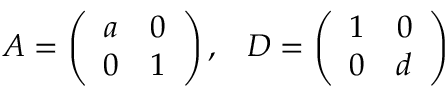
A = \left( \begin{array} { c c } { { a } } & { { 0 } } \\ { { 0 } } & { { 1 } } \end{array} \right) , \; \; \; D = \left( \begin{array} { c c } { { 1 } } & { { 0 } } \\ { { 0 } } & { { d } } \end{array} \right)